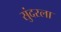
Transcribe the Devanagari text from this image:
सुंदरला